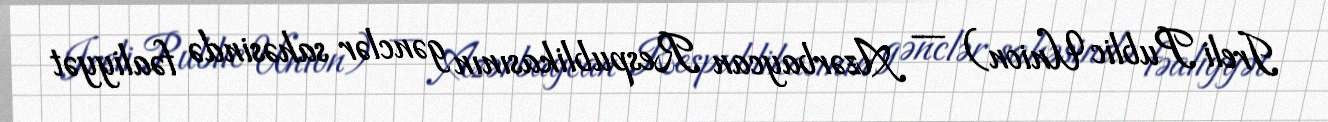
Ireli Public Union) — Azərbaycan Respublikasının gənclər sahəsində fəaliyyət